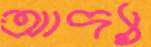
আদ্যা